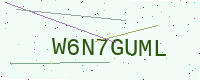
Text: W6N7GUML